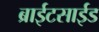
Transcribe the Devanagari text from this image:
ब्राईटसाईड